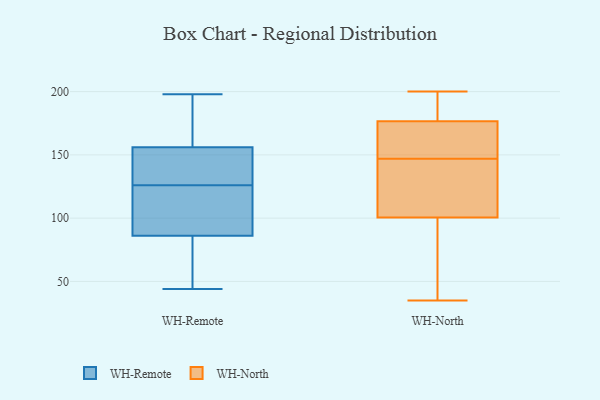
{"axis": {"x": "Inventory Turnover", "y": "Value"}, "legend": ["WH-North", "WH-Remote"], "data": [{"x": "", "y": 134, "type": "WH-Remote"}, {"x": "", "y": 161, "type": "WH-Remote"}, {"x": "", "y": 81, "type": "WH-Remote"}, {"x": "", "y": 105, "type": "WH-Remote"}, {"x": "", "y": 155, "type": "WH-Remote"}, {"x": "", "y": 125, "type": "WH-Remote"}, {"x": "", "y": 198, "type": "WH-Remote"}, {"x": "", "y": 71, "type": "WH-Remote"}, {"x": "", "y": 156, "type": "WH-Remote"}, {"x": "", "y": 173, "type": "WH-Remote"}, {"x": "", "y": 119, "type": "WH-Remote"}, {"x": "", "y": 44, "type": "WH-Remote"}, {"x": "", "y": 127, "type": "WH-Remote"}, {"x": "", "y": 86, "type": "WH-Remote"}, {"x": "", "y": 132, "type": "WH-North"}, {"x": "", "y": 153, "type": "WH-North"}, {"x": "", "y": 178, "type": "WH-North"}, {"x": "", "y": 133, "type": "WH-North"}, {"x": "", "y": 194, "type": "WH-North"}, {"x": "", "y": 105, "type": "WH-North"}, {"x": "", "y": 147, "type": "WH-North"}, {"x": "", "y": 87, "type": "WH-North"}, {"x": "", "y": 55, "type": "WH-North"}, {"x": "", "y": 200, "type": "WH-North"}, {"x": "", "y": 158, "type": "WH-North"}, {"x": "", "y": 35, "type": "WH-North"}, {"x": "", "y": 176, "type": "WH-North"}]}